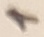
Text: 1